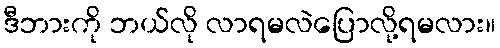
ဒီဘားကို ဘယ်လို လာရမလဲပြောလို့ရမလား။